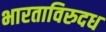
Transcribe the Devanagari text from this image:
भारताविरुदध